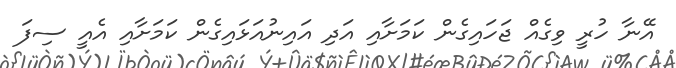
އޭނާ ހުރީ ވިގެއް ޖަހައިގެން ކަމަށާއި އަދި އައިނުއަޅައިގެން ކަމަށާއި އެއީ ސިފަ